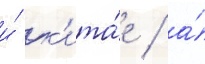
и́ к'ита́е / а́